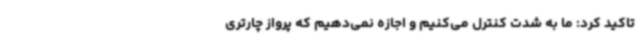
تاکید کرد: ما به شدت کنترل می‌کنیم و اجازه نمی‌دهیم که پرواز چارتری